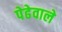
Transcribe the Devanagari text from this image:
पेढेवाले